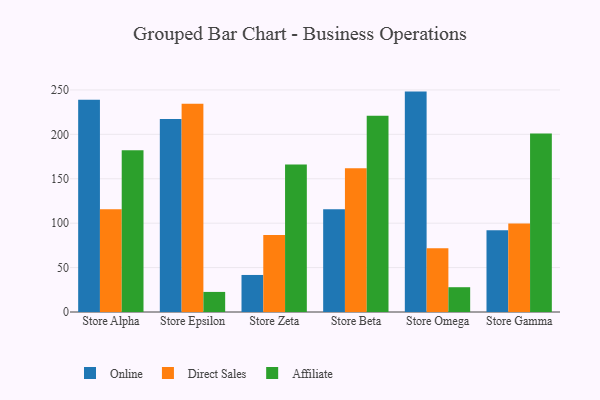
{"axis": {"x": "Store", "y": "Production Output"}, "legend": ["Affiliate", "Direct Sales", "Online"], "data": [{"x": "Store Alpha", "y": 238.8, "type": "Online"}, {"x": "Store Alpha", "y": 115.6, "type": "Direct Sales"}, {"x": "Store Alpha", "y": 182.1, "type": "Affiliate"}, {"x": "Store Epsilon", "y": 217.2, "type": "Online"}, {"x": "Store Epsilon", "y": 234.5, "type": "Direct Sales"}, {"x": "Store Epsilon", "y": 22.6, "type": "Affiliate"}, {"x": "Store Zeta", "y": 41.7, "type": "Online"}, {"x": "Store Zeta", "y": 86.6, "type": "Direct Sales"}, {"x": "Store Zeta", "y": 166.0, "type": "Affiliate"}, {"x": "Store Beta", "y": 115.6, "type": "Online"}, {"x": "Store Beta", "y": 161.7, "type": "Direct Sales"}, {"x": "Store Beta", "y": 220.8, "type": "Affiliate"}, {"x": "Store Omega", "y": 248.1, "type": "Online"}, {"x": "Store Omega", "y": 71.9, "type": "Direct Sales"}, {"x": "Store Omega", "y": 27.9, "type": "Affiliate"}, {"x": "Store Gamma", "y": 92.1, "type": "Online"}, {"x": "Store Gamma", "y": 99.6, "type": "Direct Sales"}, {"x": "Store Gamma", "y": 200.8, "type": "Affiliate"}]}